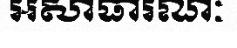
អសាធារណៈ